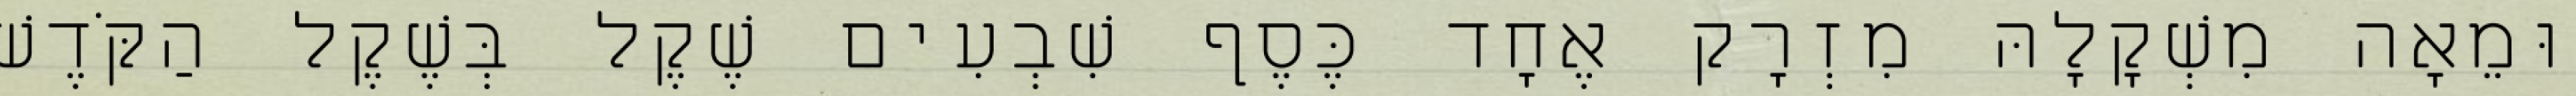
וּמֵאָה מִשְׁקָלָהּ מִזְרָק אֶחָד כֶּסֶף שִׁבְעִים שֶׁקֶל בְּשֶׁקֶל הַקֹּדֶשׁ